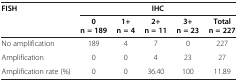
<table><thead><tr><td rowspan="2"><b>FISH</b></td><td colspan="5"><b>IHC</b></td></tr><tr><td><b>0 n = 189</b></td><td><b>1+ n = 4</b></td><td><b>2+ n = 11</b></td><td><b>3+ n = 23</b></td><td><b>Total n = 227</b></td></tr></thead><tbody><tr><td>No amplification</td><td>189</td><td>4</td><td>7</td><td>0</td><td>227</td></tr><tr><td>Amplification</td><td>0</td><td>0</td><td>4</td><td>23</td><td>27</td></tr><tr><td>Amplification rate (%)</td><td>0</td><td>0</td><td>36.40</td><td>100</td><td>11.89</td></tr></tbody></table>